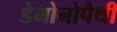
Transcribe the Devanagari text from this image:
डेमोनोपैथी